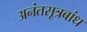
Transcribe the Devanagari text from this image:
अनंतसूत्रबांध